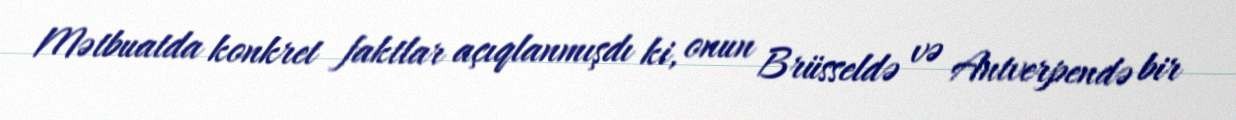
Mətbuatda konkret faktlar açıqlanmışdı ki, onun Brüsseldə və Antverpendə bir